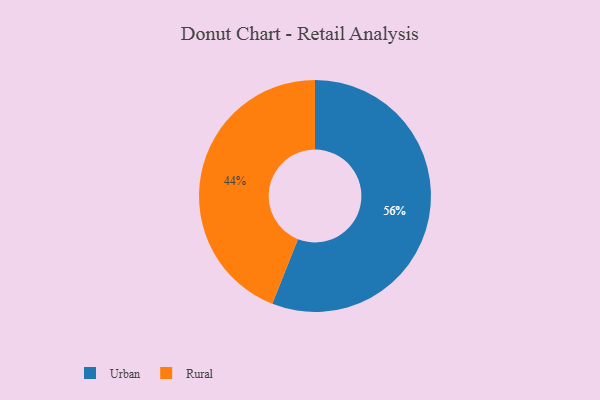
{"axis": {"x": "Category", "y": "Percentage"}, "legend": ["Rural", "Urban"], "data": [{"x": "Urban", "y": 56, "type": "Urban"}, {"x": "Rural", "y": 44, "type": "Rural"}]}